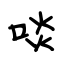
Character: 啖